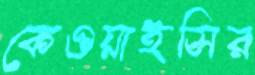
কেওয়াইসির